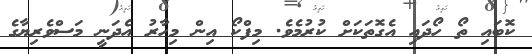
ކޮބައި ތޯ ހޯދައި އެގޮތަކަށް ކުރުމެވެ. މިފްކޯ އިން މިހާރު އެދަނީ މަސްވެރިޔާގެ